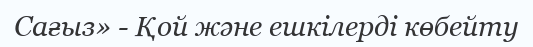
Сағыз» - Қой және ешкілерді көбейту